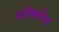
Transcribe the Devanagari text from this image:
शॉकवेव